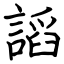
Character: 謟